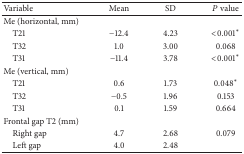
| Variable | Mean | SD | P value |
 | --- | --- | --- | --- |
 | Me (horizontal, mm) |  |  |  |
 | T21 | −12.4 | 4.23 | <0.001∗ |
 | T32 | 1.0 | 3.00 | 0.068 |
 | T31 | −11.4 | 3.78 | <0.001∗ |
 | Me (vertical, mm) |  |  |  |
 | T21 | 0.6 | 1.73 | 0.048∗ |
 | T32 | −0.5 | 1.96 | 0.153 |
 | T31 | 0.1 | 1.59 | 0.664 |
 | Frontal gap T2 (mm) |  |  |  |
 | Right gap | 4.7 | 2.68 | 0.079 |
 | Left gap | 4.0 | 2.48 |  |